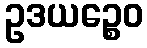
ဥဒယဉ္စေဝ